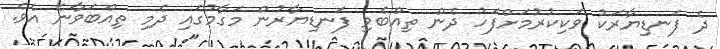
ދެ ފަނޑިޔާރަކު ވަކިކުރުމަށްފަހު ދެން ތިއްބެވި ފަނޑިޔާރުން މަގާމުގައި ދެމި ތިއްބަވާނެ އެވެ.